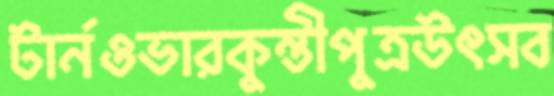
টার্নওভারকুন্তীপুত্রউৎসব